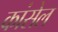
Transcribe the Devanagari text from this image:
कांसेल